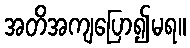
အတိအကျပြော၍မရ။